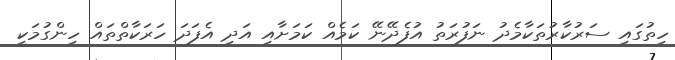
ހިތުގައި ސަރުކާރުތަކާމެދު ނަފުރަތު އުފެދޭނޭ ކަމެއް ކަމަށާއި އަދި އެފަދަ ހަރަކާތްތައް ހިންގުމަކީ